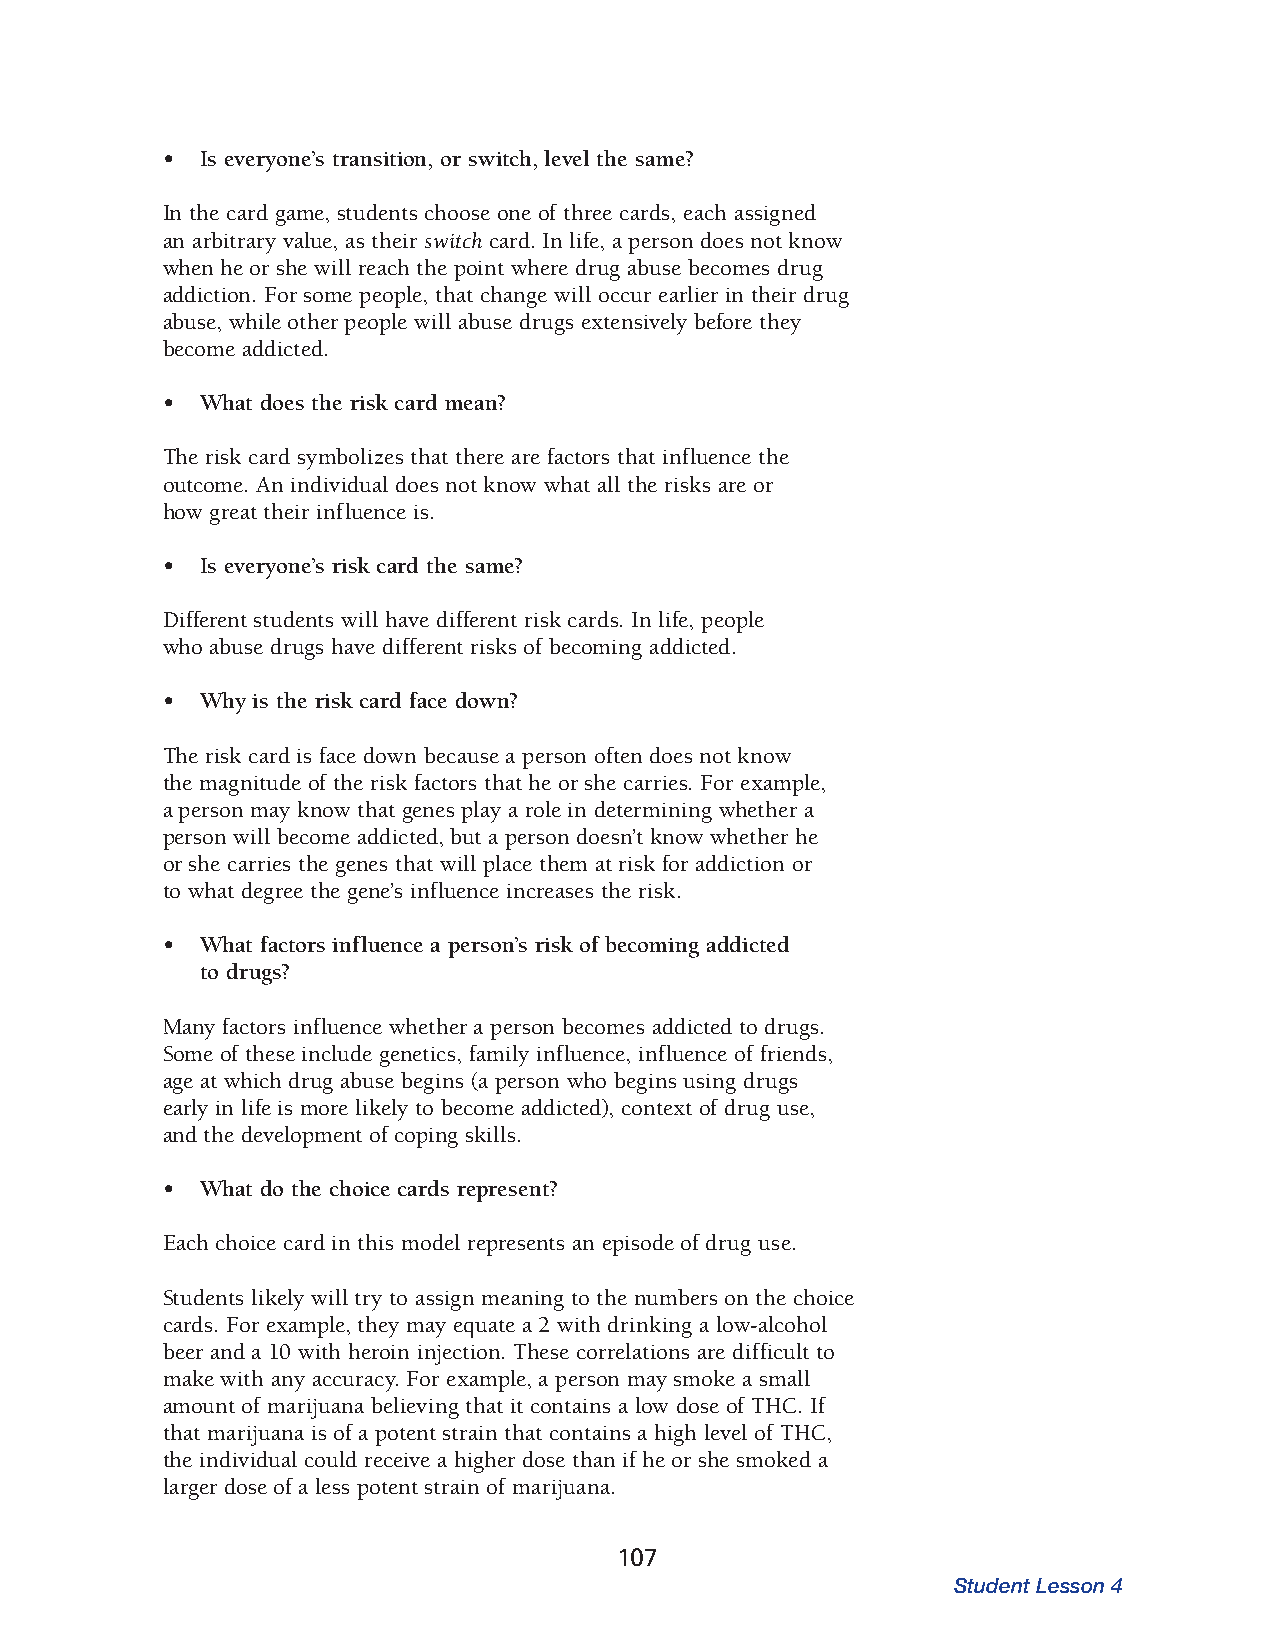
• Is everyone’s transition, or switch, level the same?
 In the card game, students choose one of three cards, each assigned
 an arbit rary value, as their switch card. In life, a person does not know
 when he or she will reach the point where drug abuse becomes drug
 addiction. For some people, that change will occur earlier in their drug
 abuse, while other people will abuse drugs extensively before they
 become addicted.
 • What does the risk card mean?
 The risk card symbolizes that there are factors that influence the
 outcome. An individual does not know what all the risks are or
 how great their influ ence is.
 • Is everyone’s risk card the same?
 Different students will have different risk cards. In life, people
 who abuse drugs have different risks of becoming addicted.
 • Why is the risk card face down?
 The risk card is face down because a person often does not know
 the magnitude of the risk factors that he or she carries. For example,
 a person may know that genes play a role in determining whether a
 person will become addicted, but a person doesn’t know whether he
 or she carries the genes that will place them at risk for addiction or
 to what degree the gene’s influence increases the risk.
 • What factors influence a person’s risk of becoming addicted
 to drugs?
 Many factors influence whether a person becomes addicted to drugs.
 Some of these include genetics, family influence, influence of friends,
 age at which drug abuse begins (a person who begins using drugs
 early in life is more likely to become addicted), context of drug use,
 and the development of coping skills.
 • What do the choice cards represent?
 Each choice card in this model represents an episode of drug use.
 Students likely will try to assign meaning to the numbers on the choice
 cards. For example, they may equate a 2 with drinking a low-alcohol
 beer and a 10 with heroin injection. These correlations are difficult to
 make with any accuracy. For example, a person may smoke a small
 amount of mari juana believing that it contains a low dose of THC. If
 that marijuana is of a potent strain that contains a high level of THC,
 the individual could receive a higher dose than if he or she smoked a
 larger dose of a less potent strain of marijuana.
 107
 Student Lesson 4